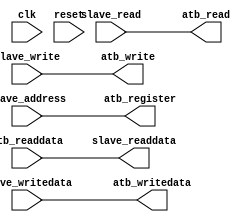
module registerfile_io32 (
		input  wire        clk,             
		input  wire        slave_read,      
		input  wire        slave_write,     
		input  wire  [5:0]slave_address,    
		output wire [31:0] slave_readdata,  
		input  wire [31:0] slave_writedata, 
		input  wire        reset,           
		output       atb_read,
		output       atb_write,
		output  [5:0]atb_register,
		input  [31:0]atb_readdata,
		output [31:0]atb_writedata
	);
  assign atb_read  = slave_read;
  assign atb_write = slave_write;
  assign atb_register   = slave_address;
  assign atb_writedata  = slave_writedata;
	assign slave_readdata = atb_readdata;
endmodule